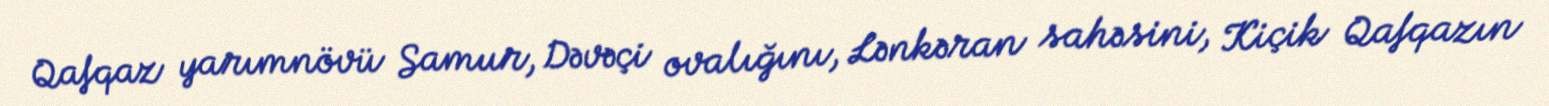
Qafqaz yarımnövü Samur, Dəvəçi ovalığını, Lənkəran sahəsini, Kiçik Qafqazın